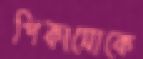
পিকাসোকে